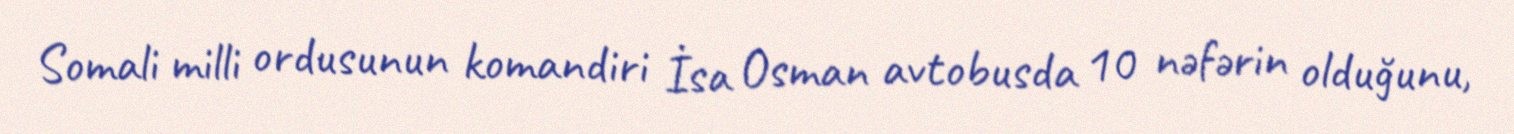
Somali milli ordusunun komandiri İsa Osman avtobusda 10 nəfərin olduğunu,